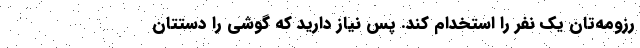
رزومه‌تان یک نفر را استخدام کند. پس نیاز دارید که گوشی را دستتان